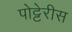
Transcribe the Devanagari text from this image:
पोट्टेरीस